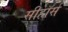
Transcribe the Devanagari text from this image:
सीहॉर्स